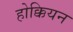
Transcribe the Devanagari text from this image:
होक्कियन